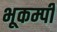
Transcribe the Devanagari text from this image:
भूकम्पी